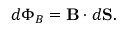
d \Phi _ { B } = \mathbf { B } \cdot d \mathbf { S } .